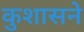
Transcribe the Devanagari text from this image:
कुशासने